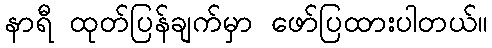
နာရီ ထုတ်ပြန်ချက်မှာ ဖော်ပြထားပါတယ်။